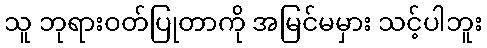
သူ ဘုရားဝတ်ပြုတာကို အမြင်မမှား သင့်ပါဘူး